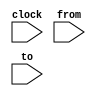
// Slider puzzle reduced to 2 rows and four columns. +----+----+----+----+
//                                                   |  0 |  1 |  2 |  3 |
// The entries of the matrix are numbered thus:      +----+----+----+----+
//                                                   |  4 |  5 |  6 |  7 |

module twoByFour(clock,from,to);
    input       clock;
    input [2:0] from;
    input [2:0] to;

    reg [2:0] 	b[0:7];
    reg [2:0] 	freg, treg;
    wire 	valid, parity;

    initial begin
	b[0]  = 7; b[1]  = 6; b[2]  = 5; b[3]  = 4;
	b[4]  = 3; b[5]  = 2; b[6]  = 1; b[7]  = 0;
	treg = 0;
	freg = 0;
    end // initial begin

    assign valid = (b[treg] == 3'b000) &&
		   (((treg[1:0] == freg[1:0]) && !(treg[2] == freg[2])) ||
		    ((treg[2] == freg[2]) &&
		     (((treg[1:0]==2'b00) && (freg[1:0]==2'b01)) ||
		      ((treg[1:0]==2'b01) && (freg[0]==0)) ||
		      ((treg[1:0]==2'b10) && (freg[0]==1)) ||
		      ((treg[1:0]==2'b11) && (freg[1:0]==2'b10))
		      )
		     )
		    );

    assign parity = 
	   (((b[0] & 5) == 1) | ((b[0] & 5) == 4)) ^
	   (((b[1] & 5) == 0) | ((b[1] & 5) == 5)) ^
	   (((b[2] & 5) == 1) | ((b[2] & 5) == 4)) ^
	   (((b[3] & 5) == 0) | ((b[3] & 5) == 5)) ^
	   (((b[4] & 5) == 1) | ((b[4] & 5) == 4)) ^
	   (((b[5] & 5) == 0) | ((b[5] & 5) == 5)) ^
	   (((b[6] & 5) == 1) | ((b[6] & 5) == 4)) ^
	   (((b[7] & 5) == 0) | ((b[7] & 5) == 5));

    always @ (posedge clock) begin
	freg = from;
	treg = to;
    end

    always @ (posedge clock) begin
	if (valid) begin
	    b[treg] = b[freg];
	    b[freg] = 0;
	end
    end

endmodule // twoByFour